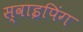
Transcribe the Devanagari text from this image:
स्वाइपिंग